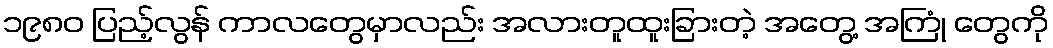
၁၉၈၀ ပြည့်လွန် ကာလတွေမှာလည်း အလားတူထူးခြားတဲ့ အတွေ့ အကြုံ တွေကို